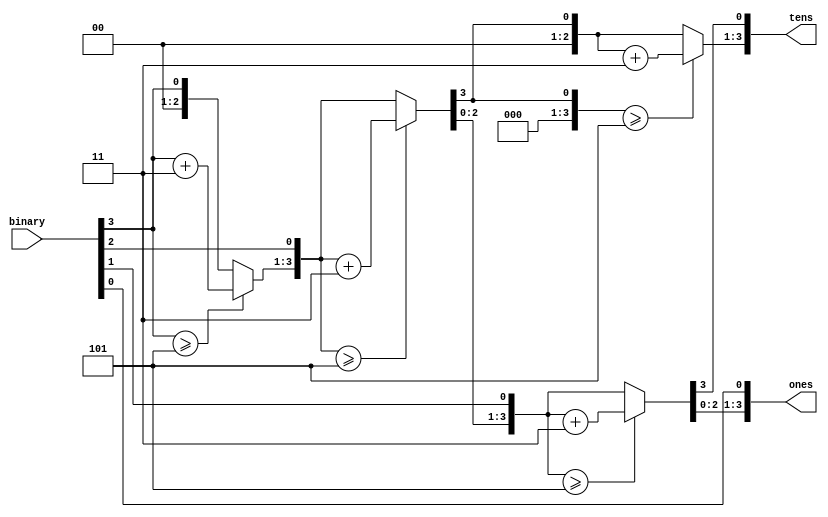
module BCD(
	input [3:0] binary,
	output reg [3:0] tens,
	output reg [3:0] ones
); 
	integer i;
	always @(binary)
	begin
		tens = 4'd0;
		ones = 4'd0;	
		for(i=3; i>=0; i=i-1)
		begin
			if(tens >= 5)
			tens = tens + 3;
			if(ones >= 5)
			ones = ones + 3;
			tens = tens << 1;
			tens[0] = ones[3];
			ones = ones << 1;
			ones[0] = binary[i];
		end
	end
endmodule